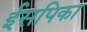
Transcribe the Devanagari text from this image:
ईसपिका